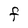
Character: F